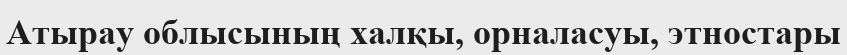
Атырау облысының халқы, орналасуы, этностары